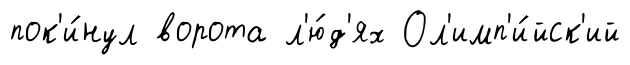
пок'и́нул ворота л'ю́д'ях Ол'имп'и́йск'ий